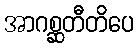
အာဂစ္ဆတီတိပေ